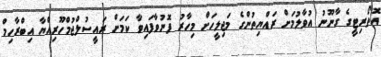
އޮތޯރިޓީގެ ގާނޫނު އުވާލުމަށް ރައްޔިތުންގެ މަޖިލީހަށް މިހާރު ފޮނުވާފައިވާ ކަމަަށް ރައީސުލްޖުމްހޫރިއްޔާ އިބްރާހިމް